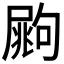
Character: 𡳏